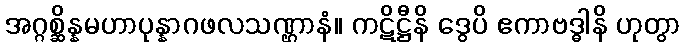
အဂ္ဂစ္ဆိန္နမဟာပုန္နာဂဖလသဏ္ဌာနံ။ ကဋိဋ္ဌီနိ ဒွေပိ ဧကာဗဒ္ဓါနိ ဟုတွာ